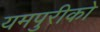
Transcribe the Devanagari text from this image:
यमपुरीको